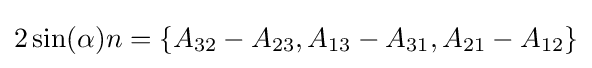
2\sin(\alpha )n=\{A_{32}-A_{23},A_{13}-A_{31},A_{21}-A_{12}\}